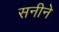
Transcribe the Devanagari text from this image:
सनीने